Annual report of the Punjab Veterinary College and of the Civil Veterinary Department, Punjab - 1920-1925
Year: 1920
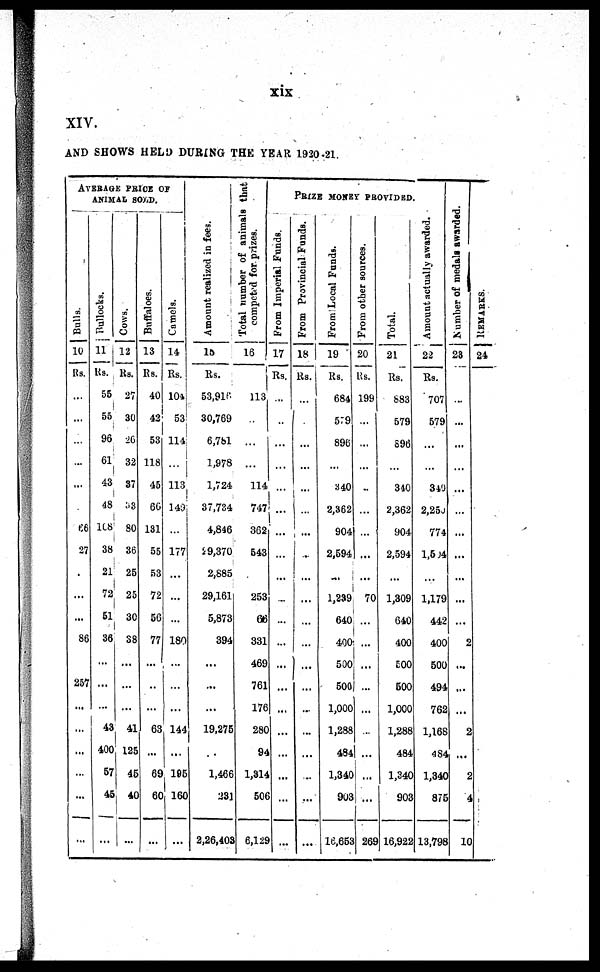
xix
XIV.
AND SHOWS HELD DURING THE YEAR 1920-21.
AVERAGE PRI CE OF
ANI MAL SOLD.
Bulls.
10
Rs.
...
...
...
...
...
...
66
27
...
...
...
86
...
257
...
...
...
...
...
...
Bullocks.
11
Rs.
55
55
96
61
43
48
108
38
21
72
51
36
...
...
...
43
400
57
45
...
Cows.
12
Rs.
27
30
26
32
37
33
80
36
25
25
30
38
...
...
...
41
125
45
40
...
Buffaloes.
13
Rs.
40
42
53
118
45
66
181
55
53
72
56
77
...
...
...
63
...
69
60
...
Camels.
14
Rs.
104
53
114
...
113
149
...
177
...
...
...
180
...
...
...
144
...
195
160
...
Amount realized i n f ees.
15
Rs.
53, 916
30, 769
6, 781
1, 978
1, 724
37, 734
4, 846
29, 370
2, 885
29, 161
5, 873
394
...
...
...
19, 275
...
1, 466
231
2, 26, 403
Total number of animals that
competed for prizes.
16
113
...
...
...
114
747
362
543
...
253
66
331
469
761
176
280
94
1, 314
506
6, 129
PRIZE MONEY PROVIDED.
From Imperial funds.
17
Rs.
...
...
...
...
...
...
...
...
...
...
...
...
...
...
...
...
...
...
...
...
From Provincial Funds.
18
Rs.
...
...
...
...
...
...
...
...
...
...
...
...
...
...
...
...
...
...
...
...
From Local Funds.
19
Rs.
684
579
896
...
340
2, 362
904
2, 594
...
1, 239
640
400
500
500
1, 000
1, 288
484
1, 340
903
16, 653
From other sources.
20
Rs.
199
...
...
...
..
...
...
...
70
...
...
...
...
...
...
...
...
...
269
Total.
21
Rs.
883
579
896
...
340
2, 362
904
2, 594
...
1, 309
640
400
500
500
1, 000
1, 288
484
1, 340
903
16, 922
Amount actually awarded.
22
Rs.
707
579
...
...
340
2,250
774
1,504
...
1, 179
442
400
500
494
762
1, 168
484
1, 340
875
13, 798
Number of medals aw
23
...
...
...
...
...
...
...
...
...
...
...
2
...
...
...
2
...
2
4
10
REMARKS.
24